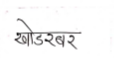
मजकूर: खोडरबर